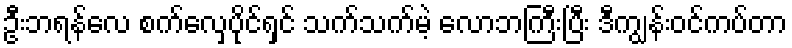
ဦးဘရန်လေ စက်လှေပိုင်ရှင် သက်သက်မဲ့ လောဘကြီးပြီး ဒီကျွန်းဝင်ကပ်တာ